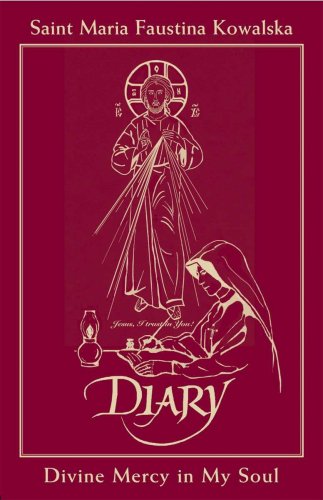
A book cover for Diary of Saint Maria Faustina Kowalska: Divine Mercy in My Soul; St. Maria Faustina Kowalska; Christian Books & Bibles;